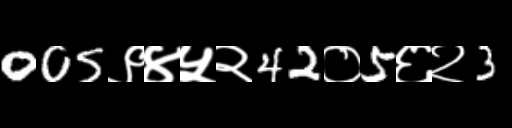
Text: 005९४५२42०5६२3